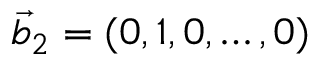
\Vec { b } _ { 2 } = ( 0 , 1 , 0 , \ldots , 0 )